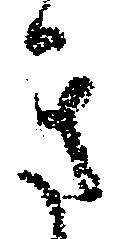
き